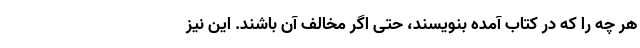
هر چه را که در کتاب آمده بنویسند، حتی اگر مخالف آن باشند. این نیز